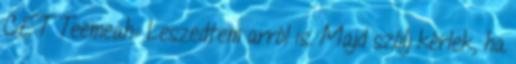
CET Teemeah:: Leszedtem arról is. Majd szólj kérlek, ha